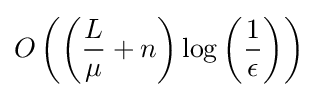
O\left(\left({\frac {L}{\mu }}+n\right)\log \left({\frac {1}{\epsilon }}\right)\right)